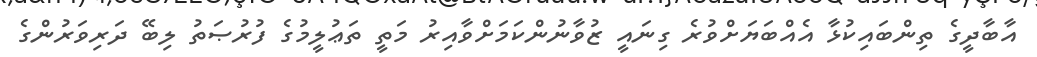
އާބާދީގެ ތިންބައިކުޅާ އެއްބަޔަށްވުރެ ގިނައީ ޒުވާނުންކަމަށްވާއިރު މަތީ ތަޢުލީމުގެ ފުރުޞަތު ލިބޭ ދަރިވަރުންގެ